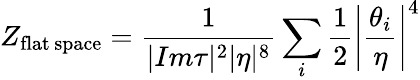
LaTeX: Z_{\mathrm{flat\, space}}={\frac{1}{|Im\tau|^{2}|\eta|^{8}}}\sum_{i}{\frac{1}{2}}\left|{\frac{\theta_{i}}{\eta}}\right|^{4}